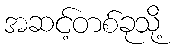
အဆင့်တစ်ခုသို့